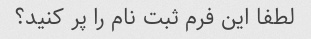
لطفا این فرم ثبت نام را پر کنید؟